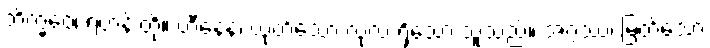
ဘိက္ခဝေ၊ ရဟန်းတို့။ ဟီနေန၊ ယုတ်သော လုံ့လ ရှိသော သူသည်။ အဂ္ဂဿ၊ မြတ်သော